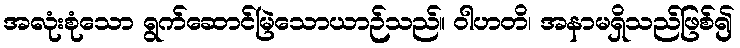
အလုံးစုံသော ရွက်ဆောင်မြဲသောယာဉ်သည်။ ဝါဟတိ၊ အနာမရှိသည်ဖြစ်၍